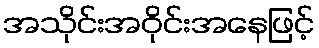
အသိုင်းအဝိုင်းအနေဖြင့်